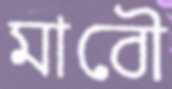
মাবৌ